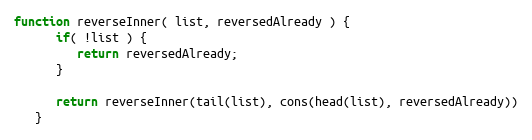
Language: JavaScript
function reverseInner( list, reversedAlready ) {
      if( !list ) {
         return reversedAlready;
      }

      return reverseInner(tail(list), cons(head(list), reversedAlready))
   }